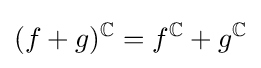
(f+g)^{\mathbb {C} }=f^{\mathbb {C} }+g^{\mathbb {C} }